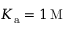
K _ { \mathrm { a } } = 1 \, \mathrm { M }